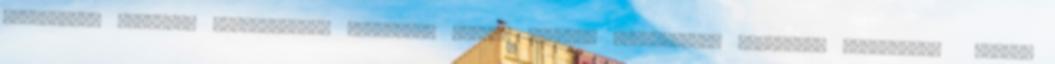
ellenőrzés Egyszeri hiánypótlási lehetőség azonos tárgyra vonatkozóan Helyszíni ellenőrzés szemle